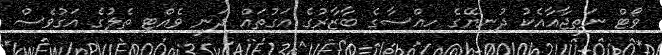
ވޯޓް ނަތީޖާއާއެކު ދުނިޔޭގެ ހިއްސާގެ ބާޒާރުގެ އަގުތައް ދަނީ ވެއްޓި ތެލުގެ އަގުވެސް